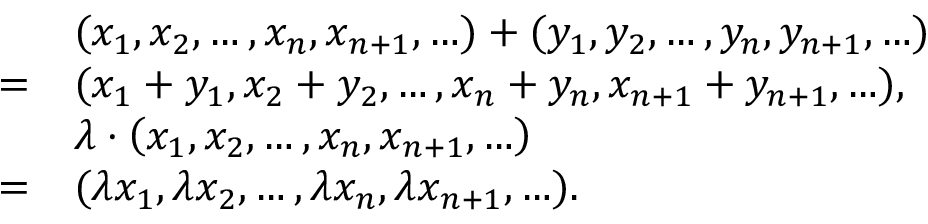
{ \begin{array} { r l } & { ( x _ { 1 } , x _ { 2 } , \ldots , x _ { n } , x _ { n + 1 } , \ldots ) + ( y _ { 1 } , y _ { 2 } , \ldots , y _ { n } , y _ { n + 1 } , \ldots ) } \\ { = } & { ( x _ { 1 } + y _ { 1 } , x _ { 2 } + y _ { 2 } , \ldots , x _ { n } + y _ { n } , x _ { n + 1 } + y _ { n + 1 } , \ldots ) , } \\ & { \lambda \cdot \left( x _ { 1 } , x _ { 2 } , \ldots , x _ { n } , x _ { n + 1 } , \ldots \right) } \\ { = } & { ( \lambda x _ { 1 } , \lambda x _ { 2 } , \ldots , \lambda x _ { n } , \lambda x _ { n + 1 } , \ldots ) . } \end{array} }